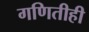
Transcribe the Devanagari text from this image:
गणितीही